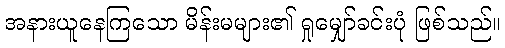
အနားယူနေကြသော မိန်းမများ၏ ရှုမျှော်ခင်းပုံ ဖြစ်သည်။